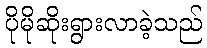
ပိုမိုဆိုးရွားလာခဲ့သည်